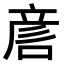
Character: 𠷗